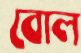
বোল